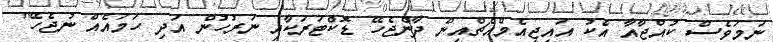
ނަމަވެސް ކުއްޖާއާ އެކު އައިޖީއެމްއެޗްއިން ދާންޖެހޭ ޑޮކްޓަރަކާއި ނަރުހުން އަދި ހަމައެއް ނުޖެހޭ"